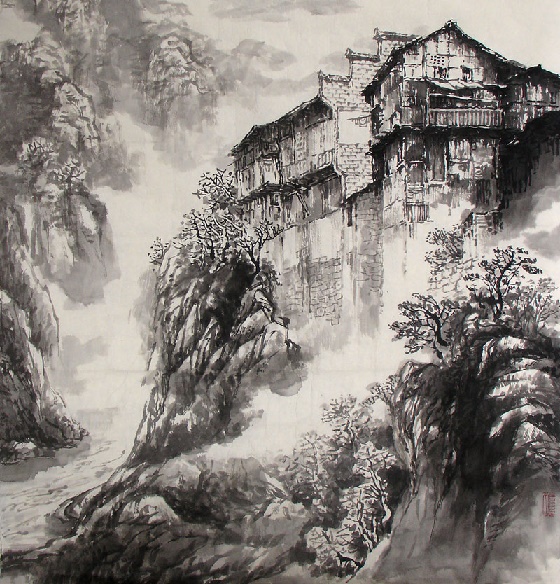
玉珰缄札何由达，万里云罗一雁飞。